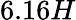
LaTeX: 6.16H